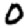
Digit: 0